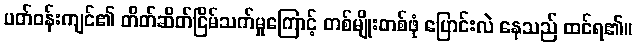
ပတ်ဝန်းကျင်၏ တိတ်ဆိတ်ငြိမ်သက်မှုကြောင့် တစ်မျိုးတစ်ဖုံ ပြောင်းလဲ နေသည် ထင်ရ၏။